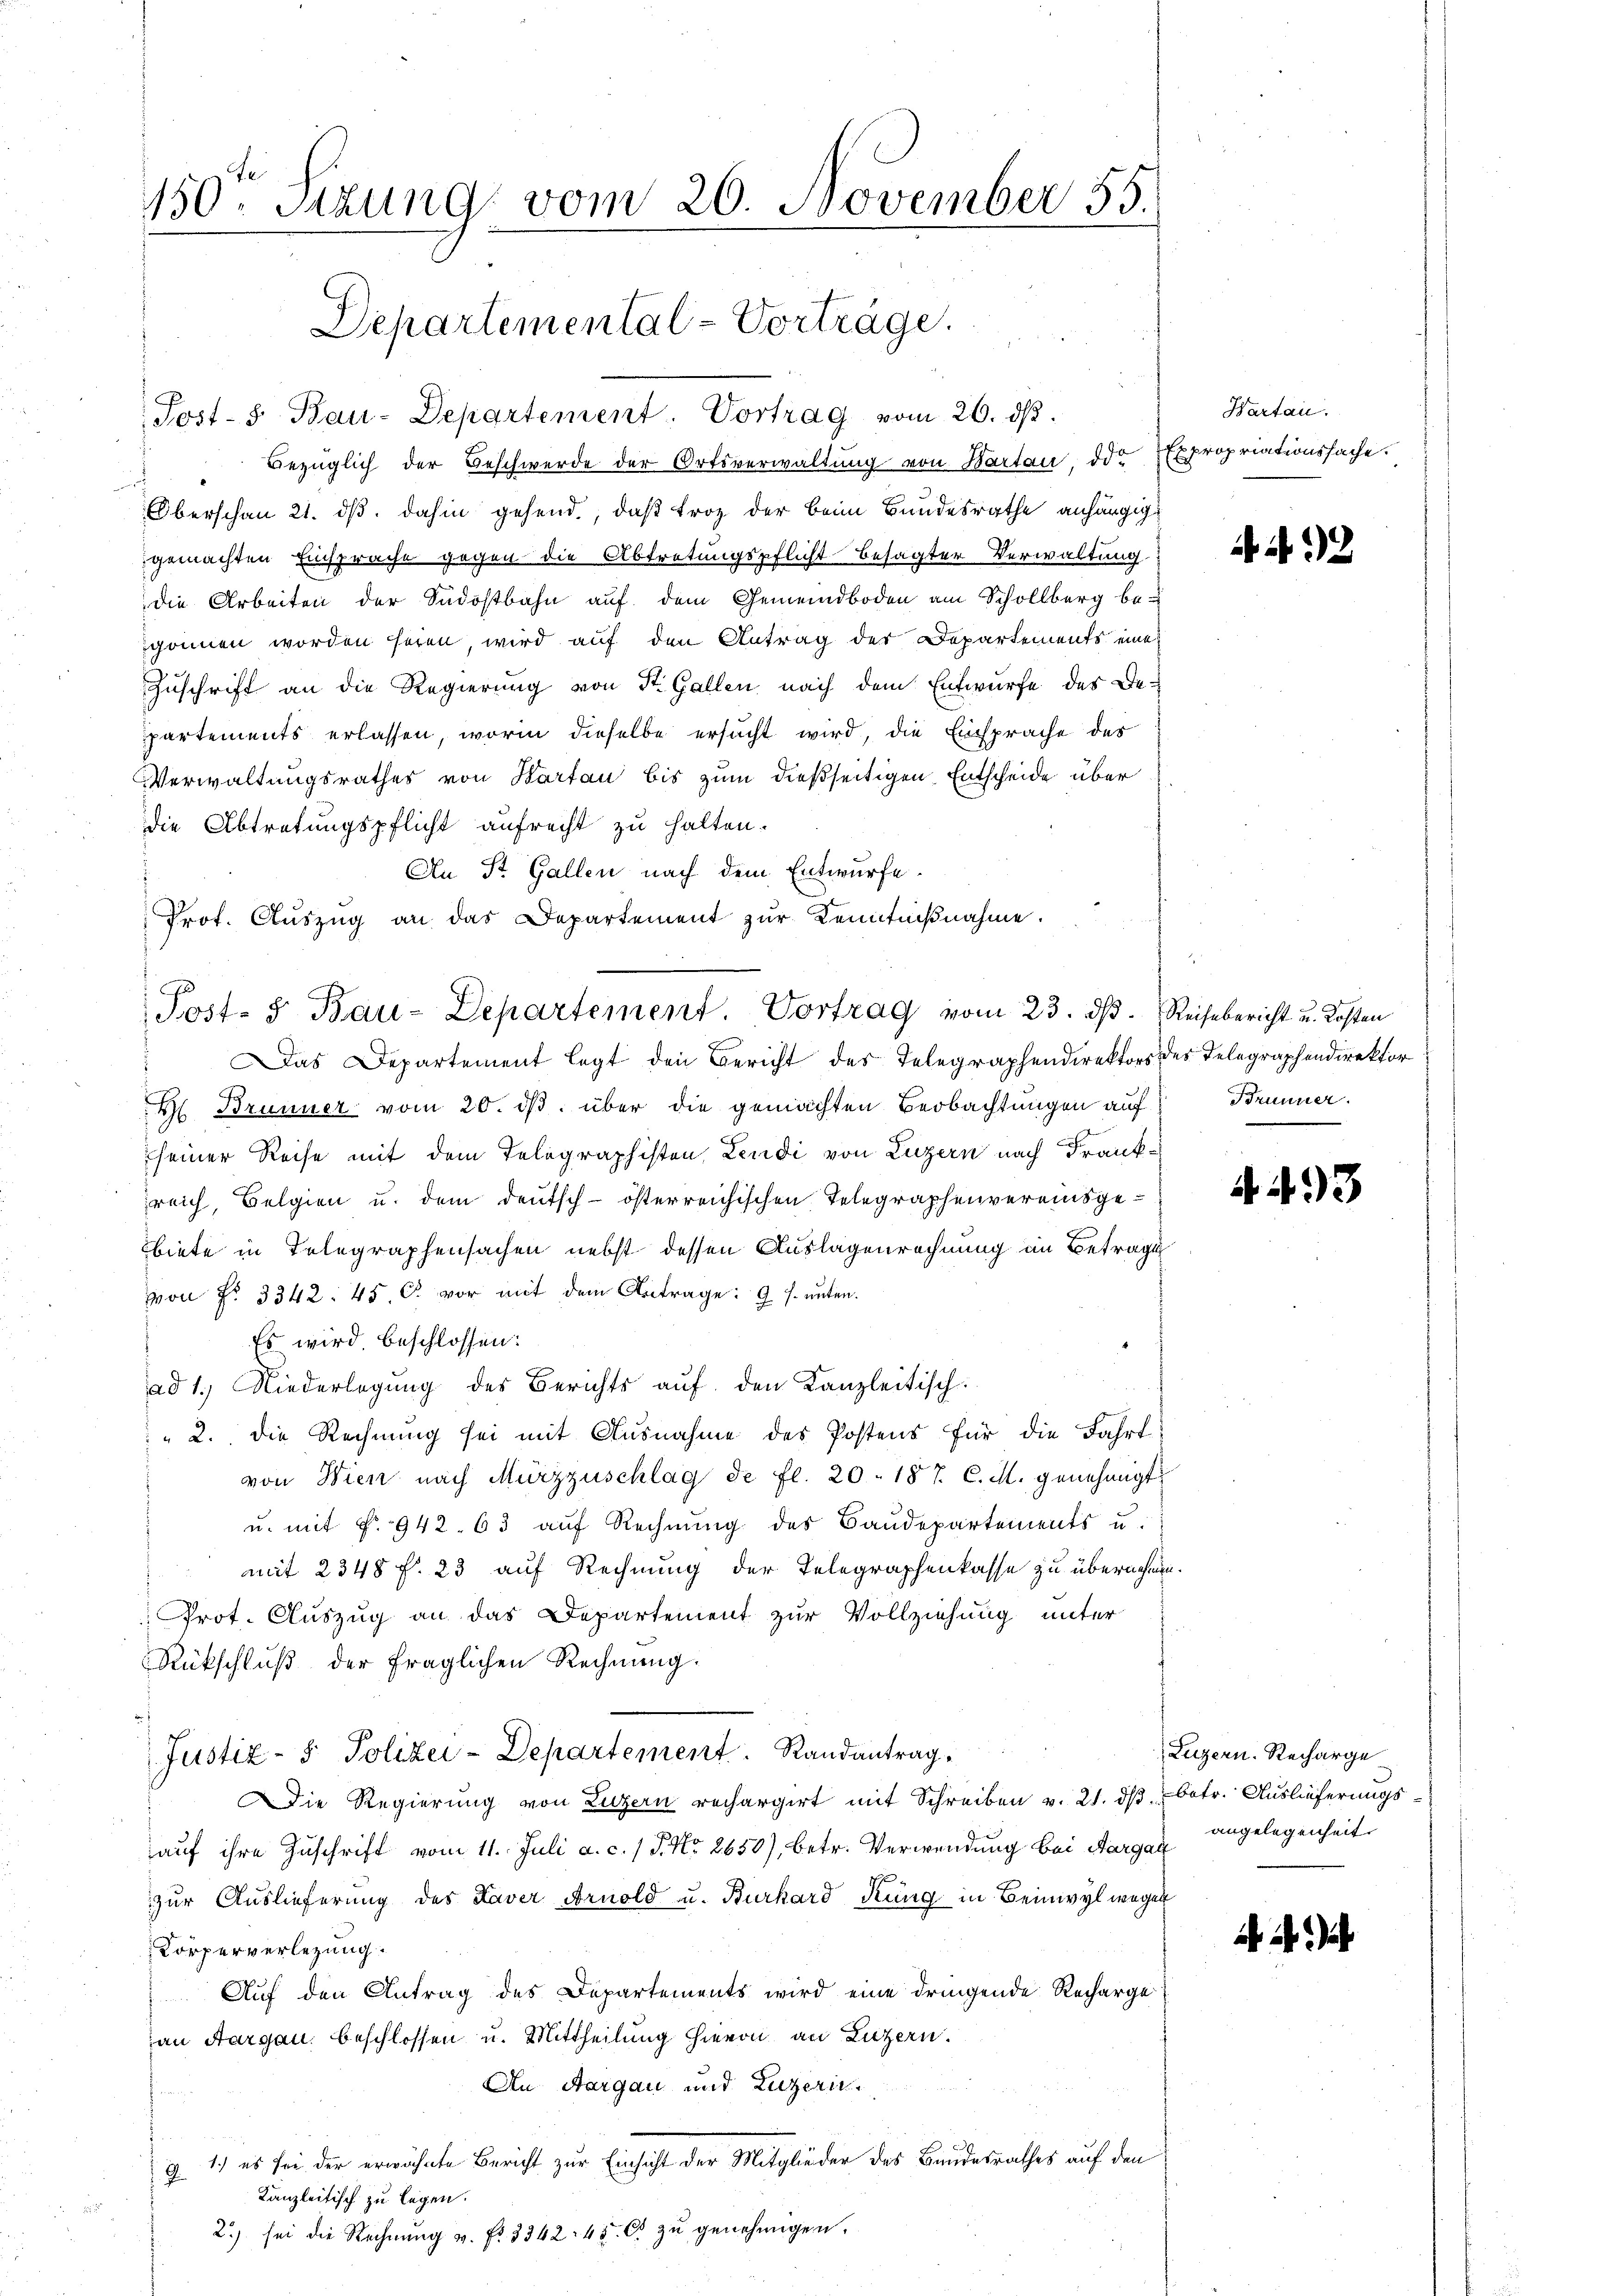
150. Sizung vom 20. November 55.
Departemental-Vorträge.

Post- 8. Bau-Departement. Vortrag vom 26. ds.
Bezüglich der Beschwerde der Ortsverwaltung von Warten, die
“
i
Oberschon 21. ds. dahin gehend, daß Froz der beim Bundesrathe anhängige
gemachten Einsprache gegen die Abtretungspflicht besagter Verwaltung
die Arbeiten der Südostbahn auf dem Gemeindboden am Schollberg be-
gonnen worden seien, wird auf den Antrag der Departements eine
Zuschrift an die Regierung von St. Gallen nach dem Entwurfe des Bepartements erlassen, worin dieselbe ersucht wird, die Einsprache des
Verwaltungsrathes von Karten bis zum dießseitigen Entscheide über
die Abtretungspflicht aufrecht zu halten.
An St. Gallen nach dem Entwurfe.
Das Departement legt den Bericht des Telegraphendirektors des Telegraphendirektor
s
H Brunner vom 20. ds. über die gemachten Beobachtungen auf
seiner Reise mit dem Telegraphisten, Leudi von Luzern nach Frankreich, Belgien u. dem deutsch-österreichischen Telegraphenvereinsgebiete in Telegraphensachen nebst dessen Auslagenrechnung in Betrage
von No 3342. 45 C. vor mit dem Antrage: 9 s. unten.
Es wird beschlossen:
ad 1. Niederlegung des Berichts aŭf den Kanzleitisch
" 2. die Rechnung sei mit Ausnahme des Postens für die Fahrt
von Wien nach Mürzzuschlag de fl. 20. 187. C. M. genehmigt.
u. mit §. 942. 63 auf Rechnŭng des Baudepartements u.
mit 2348 f. 23 auf Rechnung der Telegraphenkasse zu übernehme
Prot. Auszug an das Departement zur Vollziehung unter
Rückschluß der fraglichen Rechnung.
Justiz- & Polizei-Departement. Randantrag.
ie Regierung von Luzern rechargirt mit Schreiben v. 21. dβ betr. Auslieferungsauf ihre Zuschrift vom 11. Juli a. c. / P. Nr. 2650), betr. Verwendung bei Aargau
zur Auslieferung des Kaver Arnold u. Burkard Küng in Beinwyl wegen
Körperverlegung.
Auf den Antrag des Departements wird eine dringende Recharge
an Aargau, beschlossen u. Mittheilung hievon an Luzern.
An Aargau und Luzern
g 1.) es sei der erwähnte Bericht zur Einsicht der Mitglieder des Bandesrathes auf den
Kanzleitisch zu legen.
2.) sei die Rechnŭng v. fr. 3342. 45. C. zu genehmigen.

Prot. Aŭszŭg an das Departement zur Kenntniβnahme.
Post- & Bau-Departement. Vortrag vom 23. dß.

Karten.
Expropriationssache.

2

Reisebericht u. Kosten
Brunner.

f

n

493

Luzern. Recharge
angelegenheit.